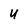
Character: 4